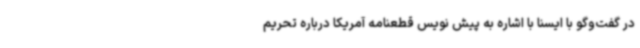
در گفت‌وگو با ایسنا با اشاره به پیش نویس قطعنامه آمریکا درباره تحریم